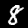
Digit: 8